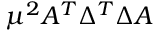
\mu ^ { 2 } A ^ { T } \Delta ^ { T } \Delta A